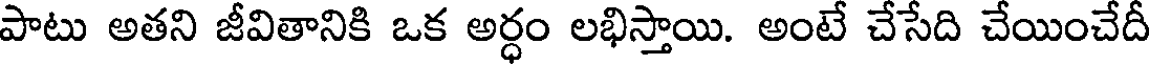
పాటు అతని జీవితానికి ఒక అర్ధం లభిస్తాయి. అంటే చేసేది చేయించేదీ